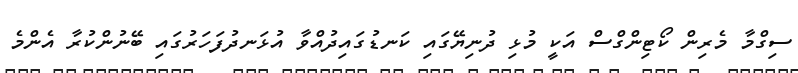
ސިގްމާ މެރިން ކޯޓިންގްސް އަކީ މުޅި ދުނިޔޭގައި ކަނޑުގައިދުއްވާ އުޅަނދުފަހަރުގައި ބޭނުންކުރާ އެންމެ